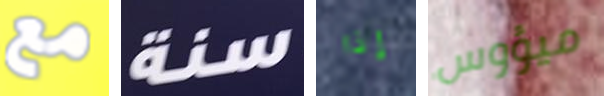
مع سنة إذا ميؤوس